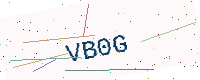
Text: VB0G